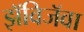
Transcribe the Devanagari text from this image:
झॅविजॅवा